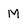
Character: M